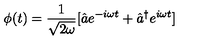
\phi ( t ) = \frac { 1 } { \sqrt { 2 \omega } } [ \hat { a } e ^ { - i \omega t } + \hat { a } ^ { \dagger } e ^ { i \omega t } ]